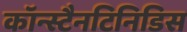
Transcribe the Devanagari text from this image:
कॉन्स्टैनटिनिडिस